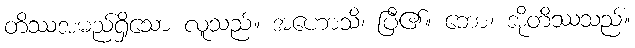
တိဿအမည်ရှိသော လူသည်။ အဟောသိ၊ ပြီ၏။ ဘော၊ အိုတိဿသည်။